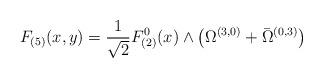
LaTeX: \begin{align*}F_{(5)}(x,y)= \frac 1{\sqrt{2}} F^0_{(2)}(x) \wedge \left(\Omega^{(3,0)} +\bar \Omega^{(0,3)}\right)\end{align*}